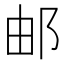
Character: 邮